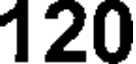
120